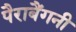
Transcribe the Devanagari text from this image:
पैराबैंगनी